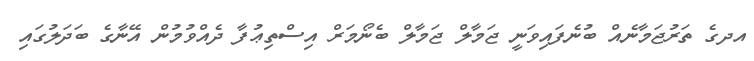
އދގެ ތަރުޖަމާނެއް ބުނެފައިވަނީ ޖަމާލް ޖަމާލް ބެނޯމަރް އިސްތިޢުފާ ދެއްވުމުން އޭނާގެ ބަދަލުގައި